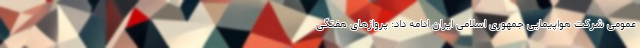
عمومی شرکت هواپیمایی جمهوری اسلامی ایران ادامه داد: پروازهای هفتگی